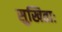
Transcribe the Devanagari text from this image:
सुखिताः